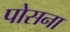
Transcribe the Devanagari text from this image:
पोसना